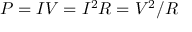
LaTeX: P = I V = I ^ { 2 } R = V ^ { 2 } / R